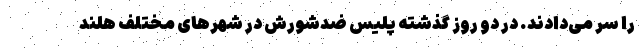
را سر می‌دادند. در دو روز گذشته پلیس ضدشورش در شهر‌های مختلف هلند